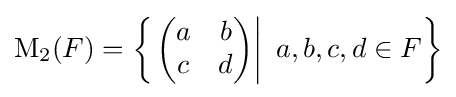
\operatorname {M} _{2}(F)=\left\{\left.{\begin{pmatrix}a&b\\c&d\end{pmatrix}}\right|\ a,b,c,d\in F\right\}